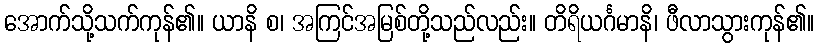
အောက်သို့သက်ကုန်၏။ ယာနိ စ၊ အကြင်အမြစ်တို့သည်လည်း။ တိရိယင်္ဂမာနိ၊ ဖီလာသွားကုန်၏။